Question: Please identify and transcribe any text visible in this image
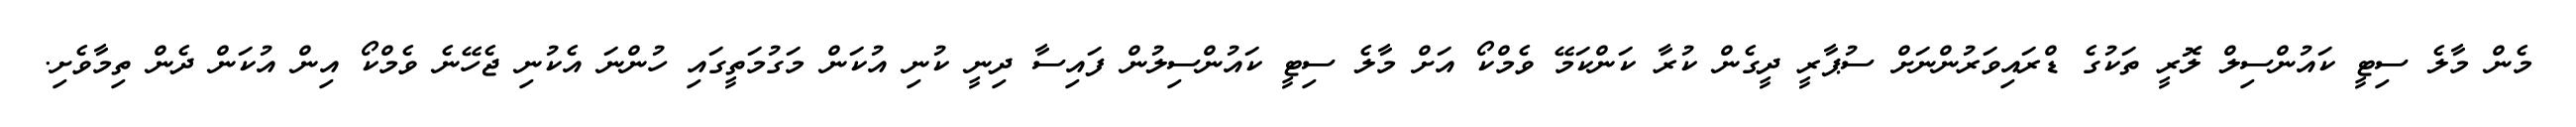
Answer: މެން މާލެ ސިޓީ ކައުންސިލް ލޮރީ ތަކުގެ ޑްރައިވަރުންނަށް ސުޕާރީ ދީގެން ކުރާ ކަންކަމޭ ވެމްކޯ އަށް މާލެ ސިޓީ ކައުންސިލުން ފައިސާ ދިނީ ކުނި އުކަން މަގުމަތީގައި ހުންނަ އެކުނި ޖެހޭނެ ވެމްކޯ އިން އުކަން ދެން ތިމާވެށި.